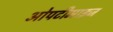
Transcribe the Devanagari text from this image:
ओपटीमाइज